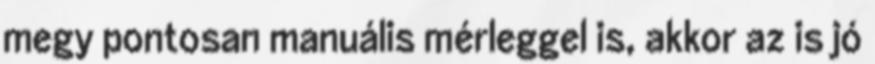
megy pontosan manuális mérleggel is, akkor az is jó